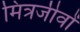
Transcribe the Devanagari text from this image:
मित्रजीवों